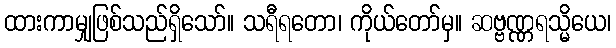
ထားကာမျှဖြစ်သည်ရှိသော်။ သရီရတော၊ ကိုယ်တော်မှ။ ဆဗ္ဗဏ္ဏရသ္မိယေ၊